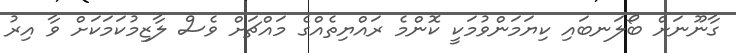
ގާނޫނަށް ބޯލަނބައި ކިޔަމަންވުމަކީ ކޮންމެ ރައްޔިތެއްގެ މައްޗަށް ވެސް ލާޒިމުކަމަކަށް ވާ އިރު